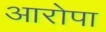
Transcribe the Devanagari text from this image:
आरोपा